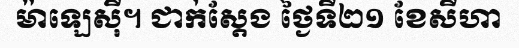
ម៉ាឡេស៊ី។ ជាក់ស្តែង ថ្ងៃទី២១ ខែសីហា